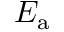
E _ { \mathrm { { a } } }